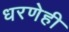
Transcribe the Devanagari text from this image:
धरणेही